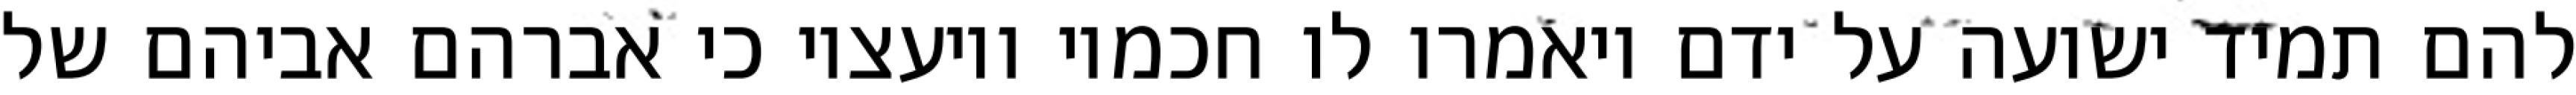
להם תמיד ישועה על ידם ויאמרו לו חכמיו ויועציו כי אברהם אביהם של